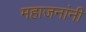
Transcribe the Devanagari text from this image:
महाजनांनी